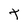
Character: t